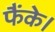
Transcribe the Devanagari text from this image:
फैंके।